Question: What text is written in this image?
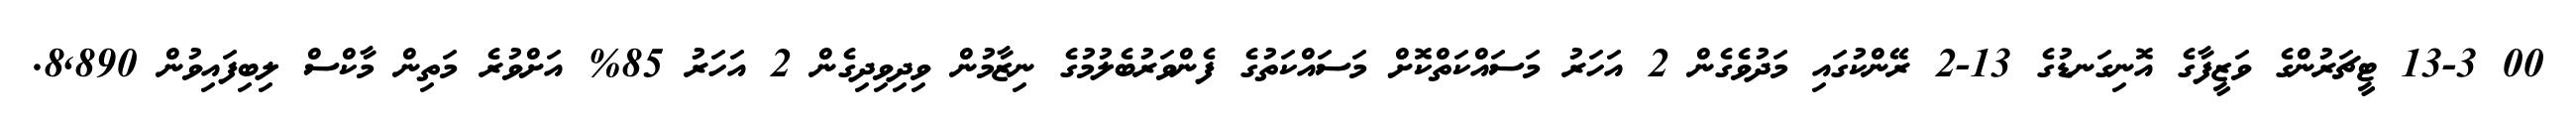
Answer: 00 13-3 ޓީޗަރުންގެ ވަޒީފާގެ އޮނިގަނޑުގެ 13-2 ރޭންކުގައި މަދުވެގެން 2 އަހަރު މަސައްކަތްކޮށް މަސައްކަތުގެ ފެންވަރުބެލުމުގެ ނިޒާމުން ވިދިވިދިގެން 2 އަހަރު 85% އަށްވުރެ މަތިން މާކްސް ލިބިފައިވުން 8,890.